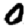
Digit: 0